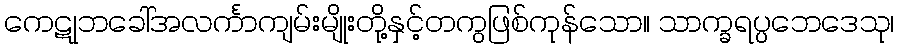
ကေဋုဘခေါ်အလင်္ကာကျမ်းမျိုးတို့နှင့်တကွဖြစ်ကုန်သော။ သာက္ခရပ္ပဘေဒေသု၊